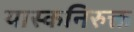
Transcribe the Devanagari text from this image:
यास्कनिरुक्त